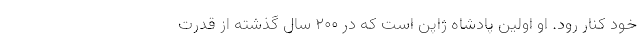
خود کنار رود. او اولین پادشاه ژاپن است که در 200 سال گذشته از قدرت